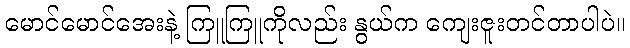
မောင်မောင်အေးနဲ့ ကြူကြူကိုလည်း နွယ်က ကျေးဇူးတင်တာပါပဲ။